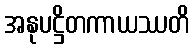
အနုပဋ္ဌိတကာယဿတိ